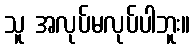
သူ အလုပ်မလုပ်ပါဘူး။